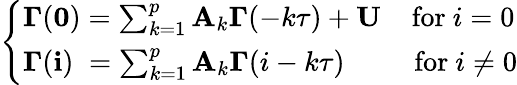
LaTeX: \left\{ \begin{array}{l}{\mathbf{\Gamma}(\mathbf{0})=\sum_{k=1}^{p}\mathbf{A}_{k}\mathbf{\Gamma}(-k\tau)+\mathbf{U}\; \; \; \mathrm{~for~}i=0}\\ {\mathbf{\Gamma}(\mathbf{i})\; =\sum_{k=1}^{p}\mathbf{A}_{k}\mathbf{\Gamma}(i-k\tau)\; \; \; \; \; \; \; \; \mathrm{~for~}i\neq 0}\end{array}\right.